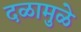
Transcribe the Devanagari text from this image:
दळामुळे